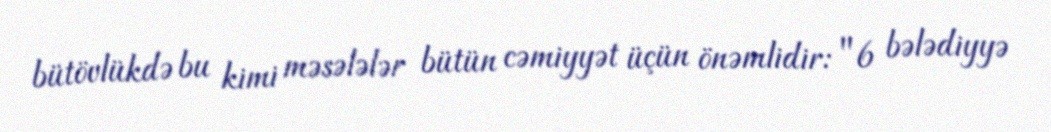
bütövlükdə bu kimi məsələlər bütün cəmiyyət üçün önəmlidir: "6 bələdiyyə